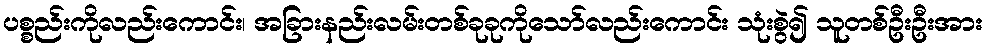
ပစ္စည်းကိုလည်းကောင်း၊ အခြားနည်းလမ်းတစ်ခုခုကိုသော်လည်းကောင်း သုံးစွဲ၍ သူတစ်ဦးဦးအား